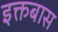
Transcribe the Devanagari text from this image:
इक्तबास